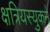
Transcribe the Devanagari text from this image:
क्षत्रियस्युकने